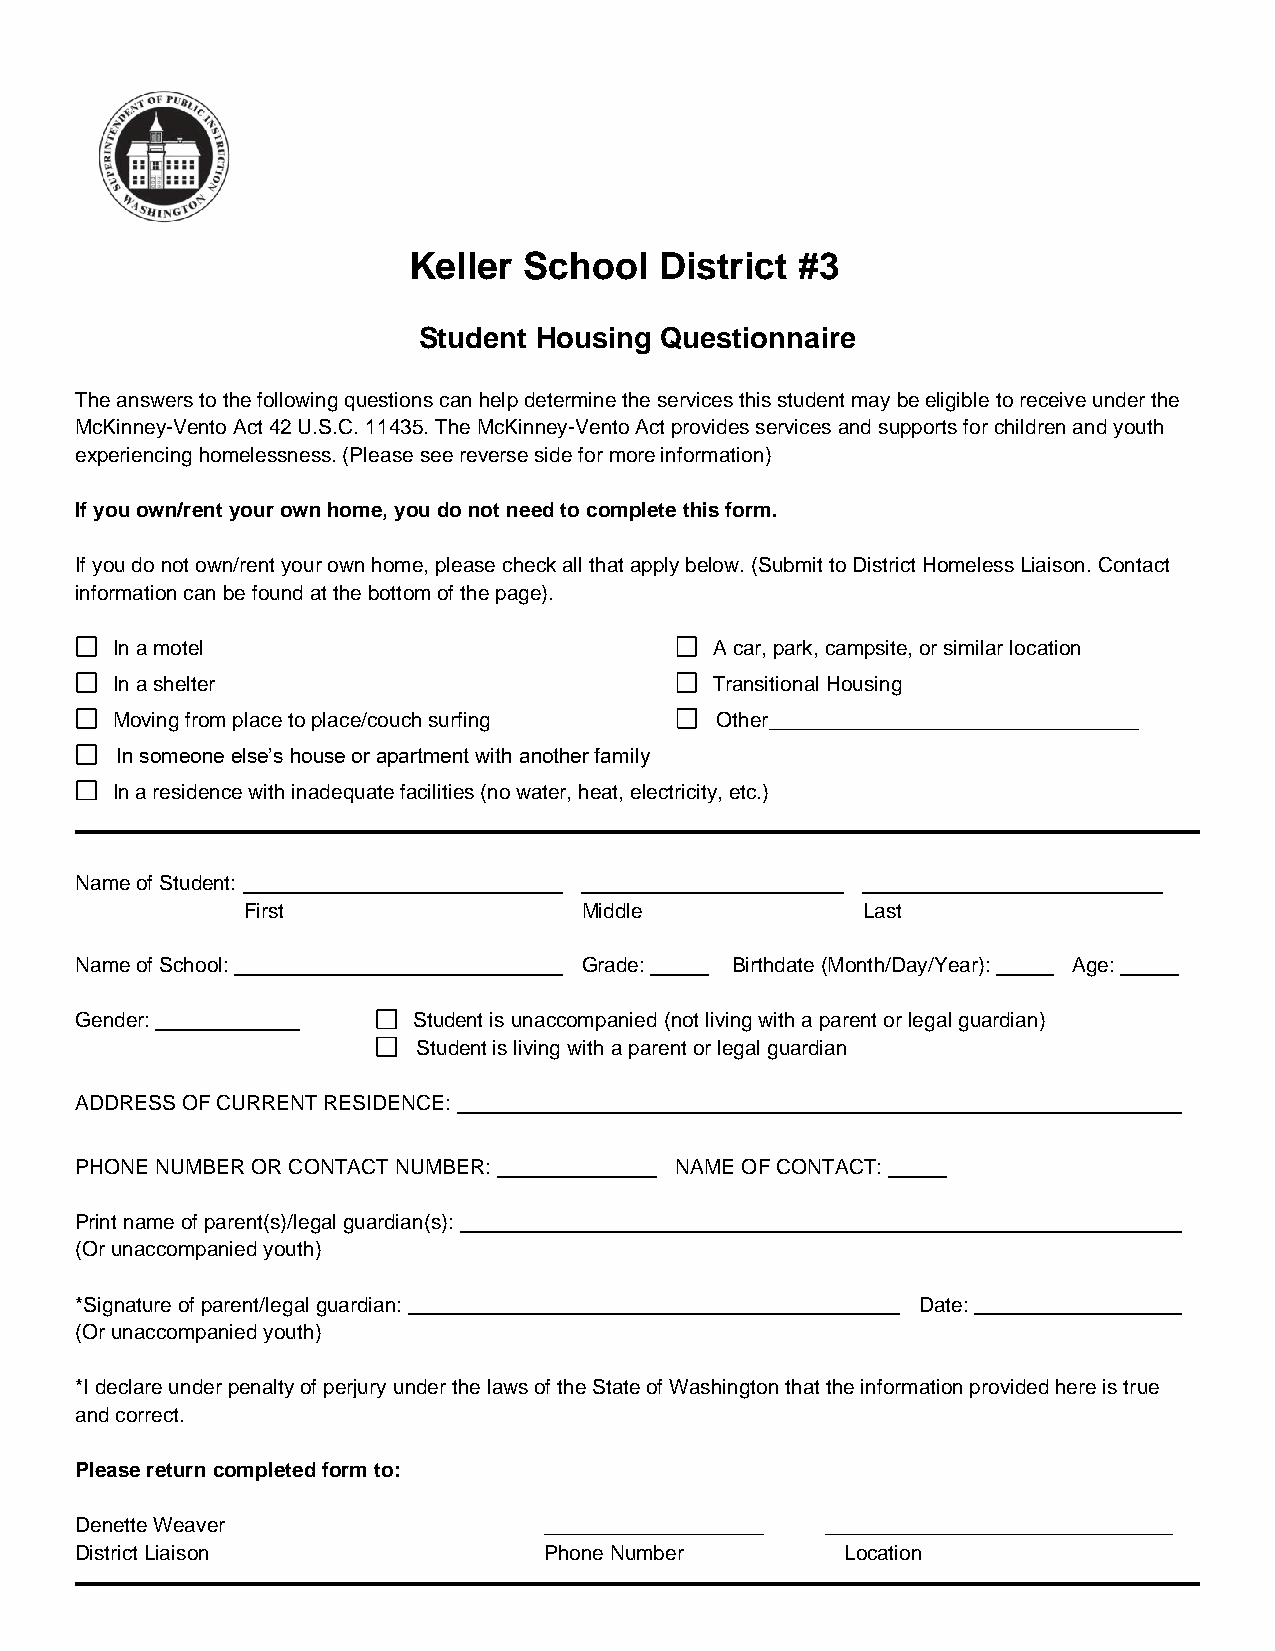
Keller  School   District #3
 Student Housing Questionnaire
 The answers to the following questions can help determine the services this student may be eligible to receive under the
 McKinney-Vento Act 42 U.S.C. 11435. The McKinney-Vento Act provides services and supports for children and youth
 experiencing homelessness. (Please see reverse side for more information)
 If you own/rent your own home, you do not need to complete this form.
 If you do not own/rent your own home, please check all that apply below. (Submit to District Homeless Liaison. Contact
 information can be found at the bottom of the page).
 In a motel                              A car, park, campsite, or similar location
 In a shelter                            Transitional Housing
 Moving from place to place/couch surfing Other________________________________
 In someone else’s house or apartment with another family
 In a residence with inadequate facilities (no water, heat, electricity, etc.)
 Name of Student:
 First                  Middle            Last
 Name of School:                   Grade:   Birthdate (Month/Day/Year): Age:
 Gender:               Student is unaccompanied (not living with a parent or legal guardian)
 Student is living with a parent or legal guardian
 ADDRESS OF CURRENT RESIDENCE:
 PHONE NUMBER OR CONTACT NUMBER:         NAME OF CONTACT:
 Print name of parent(s)/legal guardian(s):
 (Or unaccompanied youth)
 *Signature of parent/legal guardian:                    Date:
 (Or unaccompanied youth)
 *I declare under penalty of perjury under the laws of the State of Washington that the information provided here is true
 and correct.
 Please return completed form to:
 Denette Weaver                 ___________________ ______________________________
 District Liaison               Phone Number        Location